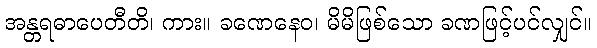
အန္တရဓာပေတီတိ၊ ကား။ ခဏေနေဝ၊ မိမိဖြစ်သော ခဏဖြင့်ပင်လျှင်။